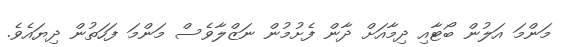
މަންމަ އަލުން ބޯޓާއި ދިމާއަށް ދާން ފެށުމުން ނަޒްލާވެސް މަންމަ ފަހަތުން ދިޔައެވެ.